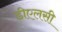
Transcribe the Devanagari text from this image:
डीएलसी